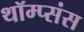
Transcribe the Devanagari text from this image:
थॉम्प्संस